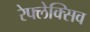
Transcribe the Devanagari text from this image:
रेफ्लेक्सिव